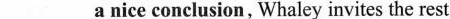
___anice conclusion, Whaley invites the rest